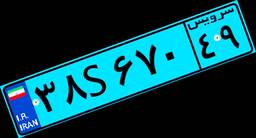
۳۰S۶۸۵۸۱